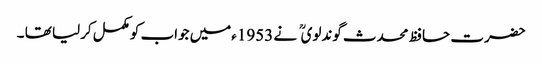
حضرت حافظ محدث گوندلوی نے 1953ءمیں جواب کومکمل کرلیا تھا ۔